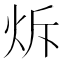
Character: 𤇚